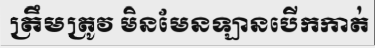
ត្រឹមត្រូវ មិនមែនឡានបើកកាត់